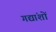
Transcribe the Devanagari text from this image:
गद्यांशों